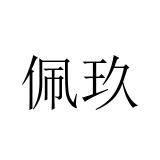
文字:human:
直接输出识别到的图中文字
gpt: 佩玖